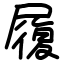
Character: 履